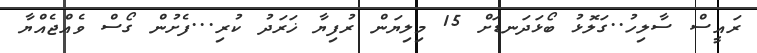
ރައީސް ސާލިހު..ގަލޮޅު ބޯޅަދަނޑަށް 15 މިލިޔަން ރުފިޔާ ޚަރަދު ކުރި...ފެށުން ގޯސް ވެއްޖެއްޔާ